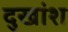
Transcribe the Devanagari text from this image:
दुखांश